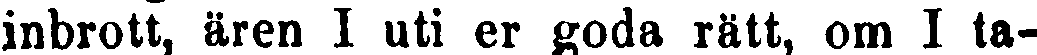
inbrott, ären I uti er goda rätt, om I ta-